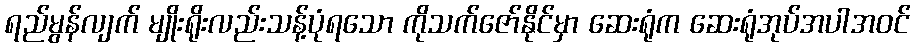
ရည်မွန်လျက် မျိုးရိုးလည်းသန့်ပုံရသော ကိုသက်ဇော်နိုင်မှာ ဆေးရုံက ဆေးရုံအုပ်အပါအဝင်